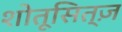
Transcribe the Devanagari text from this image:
शोतूसित्ज़